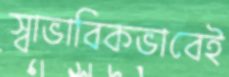
স্বাভাবিকভাবেই